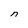
Character: n